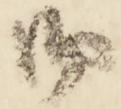
御